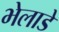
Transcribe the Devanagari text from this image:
भेलाडे